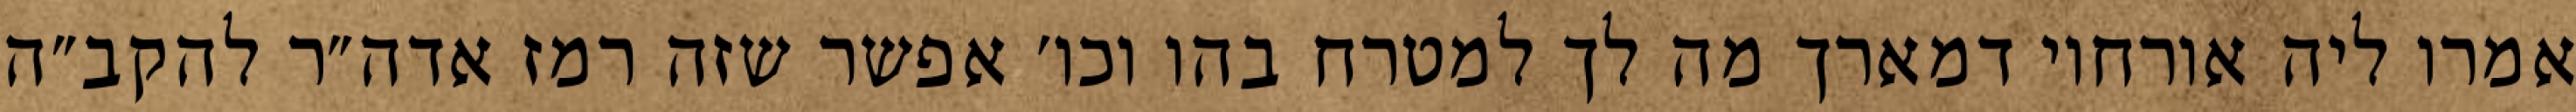
אמרו ליה אורחוי דמארך מה לך למטרח בהו וכו׳ אפשר שזה רמז אדה״ר להקב״ה